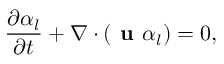
\frac { \partial { \alpha _ { l } } } { \partial { t } } + \nabla \cdot ( \textbf { u } \alpha _ { l } ) = 0 ,